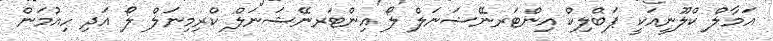
އަމާލް ކްލޫނީއަކީ ޕަބްލިކް އިންޓަރނޭޝަނަލް ލޯ އިންޓަރނޭޝަނަލް ކްރިމިނަލް ލޯ އަދި ހިއުމަން